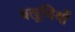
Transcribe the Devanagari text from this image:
बलूचियों